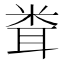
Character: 𥹢